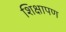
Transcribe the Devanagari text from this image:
शिक्षापण